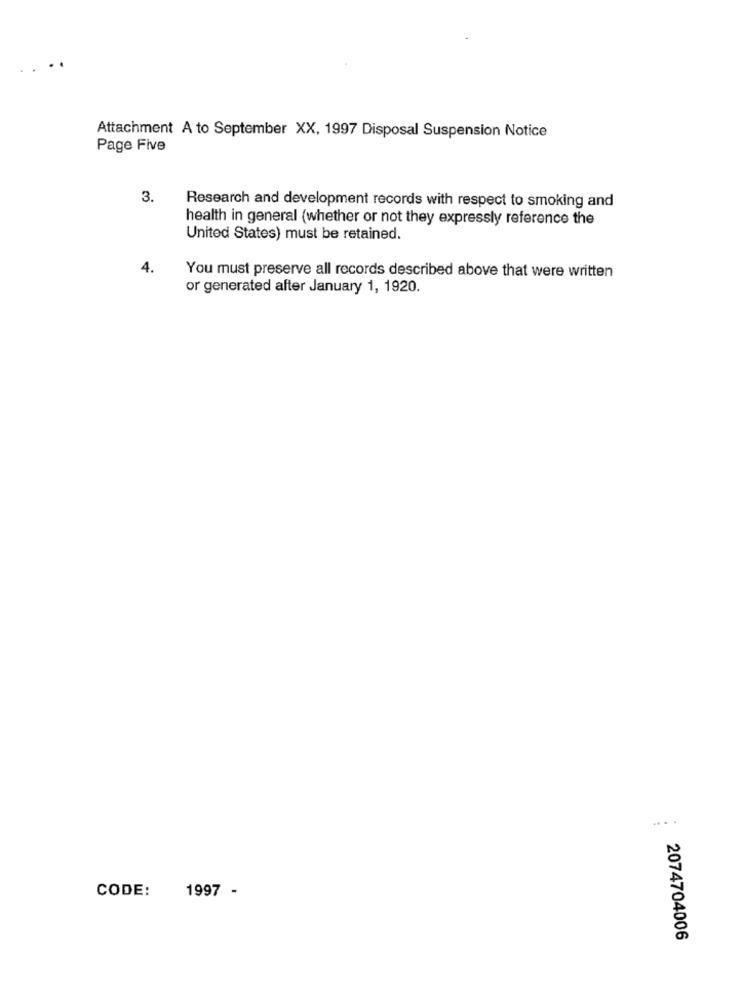
Attachment A to September XX, 1997 Disposal Suspension Notice
Page Five
3.
Research and development records with respect to smoking and
health in general (whether or not they expressly reference the
United States) must be retained.
4.
You must preserve all records described above that were written
or generated after January 1, 1920.
... .
CODE:
1997 -
2074704006